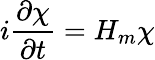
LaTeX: i\frac{\partial\chi}{\partial t}=H_{m}\chi